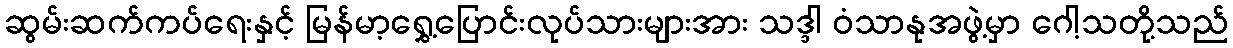
ဆွမ်းဆက်ကပ်ရေးနှင့် မြန်မာ့ရွှေ့ပြောင်းလုပ်သားများအား သဒ္ဒါ ဝံသာနုအဖွဲ့မှာ ဂေါ့သတို့သည်